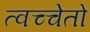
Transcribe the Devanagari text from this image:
त्वच्चेतो